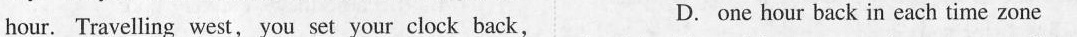
hour. Travelling west, you set your clock back, C. one full day back for each time zone hour.